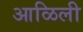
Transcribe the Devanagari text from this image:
आळिली